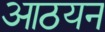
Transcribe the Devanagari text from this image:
आठयन